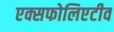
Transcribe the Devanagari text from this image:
एक्सफोलिएटीव